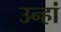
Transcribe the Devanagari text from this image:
उन्हां